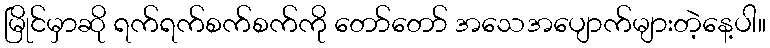
မြိုင်မှာဆို ရက်ရက်စက်စက်ကို တော်တော် အသေအပျောက်များတဲ့နေ့ပါ။